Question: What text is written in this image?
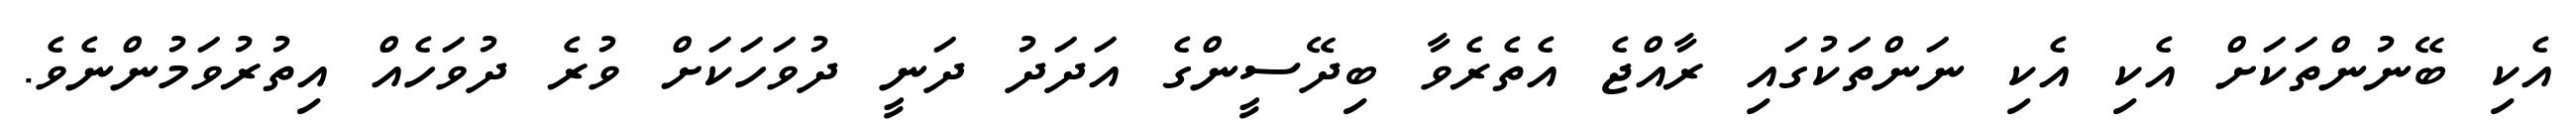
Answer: އެކި ބޭނުންތަކަށް އެކި އެކި ނަންތަކުގައި ރާއްޖެ އެތެރެވާ ބިދޭސީންގެ އަދަދު ދަނީ ދުވަހަކަށް ވުރެ ދުވަހެއް އިތުރުވަމުންނެވެ.